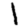
Digit: 1